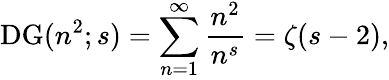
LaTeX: \operatorname{DG}(n^{2};s)=\sum_{n=1}^{\infty}{\frac{n^{2}}{n^{s}}}=\zeta(s-2),